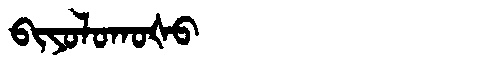
Manchu: ᠪᡳᠶᠣᠯᠣᡴᠣᡧᠣ
Romanization: BIYOLOKOŠO